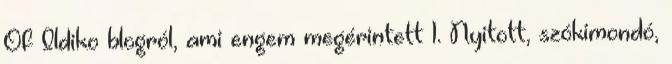
Of Ildiko blogról, ami engem megérintett 1. Nyitott, szókimondó,